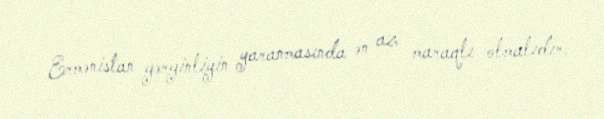
Ermənistan gərginliyin yaranmasında ən az maraqlı olmalıdır.